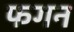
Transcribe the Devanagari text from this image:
फगन